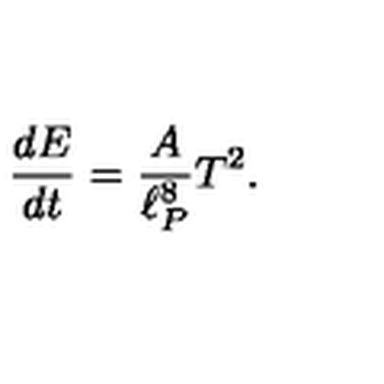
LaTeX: { \frac { d E } { d t } } = \frac { A } { \ell _ { P } ^ { 8 } } T ^ { 2 } .